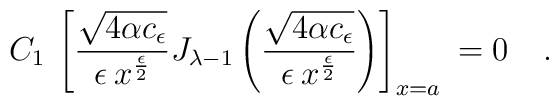
C_1 \> \left[\frac{\sqrt{4\alpha c_{\epsilon}}}{\epsilon \> x^{\epsilon \over 2}}J_{{\lambda}-1}\left(\frac{\sqrt{4\alpha c_{\epsilon}}}{\epsilon \> x^{\epsilon \over 2}}\right)\right]_{x=a}\> =0\> \;\;\;.